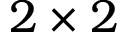
2 \times 2